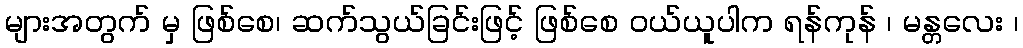
များအတွက် မှ ဖြစ်စေ၊ ဆက်သွယ်ခြင်းဖြင့် ဖြစ်စေ ဝယ်ယူပါက ရန်ကုန် ၊ မန္တလေး ၊